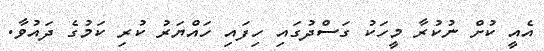
އެއީ ކުށް ނުކުރާ މީހަކު ގަސްދުގައި ހިފައި ހައްޔަރު ކުރި ކަމުގެ ދައުވާ.